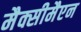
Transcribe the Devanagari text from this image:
मैक्सीमैएन